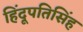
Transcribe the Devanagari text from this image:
हिंदूपतिसिंह